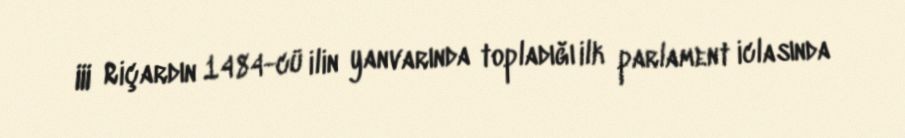
III Riçardın 1484-cü ilin yanvarında topladığı ilk parlament iclasında